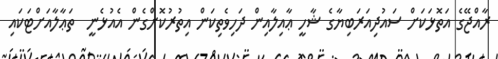
ރާއްޖޭގެ އަތޮޅަކަށް ސައުދިއަރަބިޔާގެ ޝާހީ ޢާއިލާއިން ދަހިވެތިކަން އިތުރުކޮށްގެން އެއުޅެނީ  ތަޢާލާއަށްޓަކައި